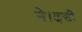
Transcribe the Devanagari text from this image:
ने।इसी